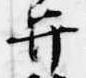
弁